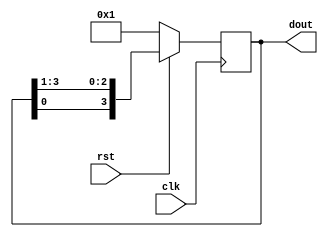
`timescale 1ns / 1ps
//////////////////////////////////////////////////////////////////////////////////
// Module Name:    ringcounter 
// Project Name: Ring Counter 
// Tool versions: Xilinx ISE Desing 14.7
// Revision 0.01 - File Created
//////////////////////////////////////////////////////////////////////////////////
module ringcounter(dout,clk,rst);
input clk,rst;
output [3:0]dout;
reg [3:0] dout;
always @ (posedge clk)
begin
if(rst==0)
dout=4'b0001;
else
dout={dout[0],dout[3:1]};
end
endmodule